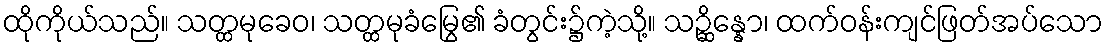
ထိုကိုယ်သည်။ သတ္ထမုခေဝ၊ သတ္ထမုခံမြွေ၏ ခံတွင်း၌ကဲ့သို့။ သဉ္ဆိန္နော၊ ထက်ဝန်းကျင်ဖြတ်အပ်သော